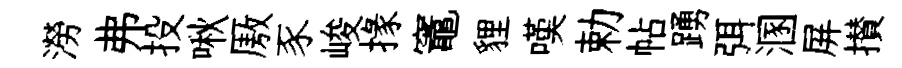
澇弗投啾厫豕峻掾竈貍嘆勅帖踴弭溷屏攅